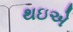
થઇએ